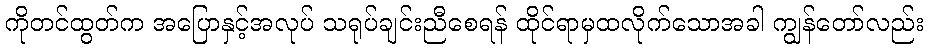
ကိုတင်ထွတ်က အပြောနှင့်အလုပ် သရုပ်ချင်းညီစေရန် ထိုင်ရာမှထလိုက်သောအခါ ကျွန်တော်လည်း